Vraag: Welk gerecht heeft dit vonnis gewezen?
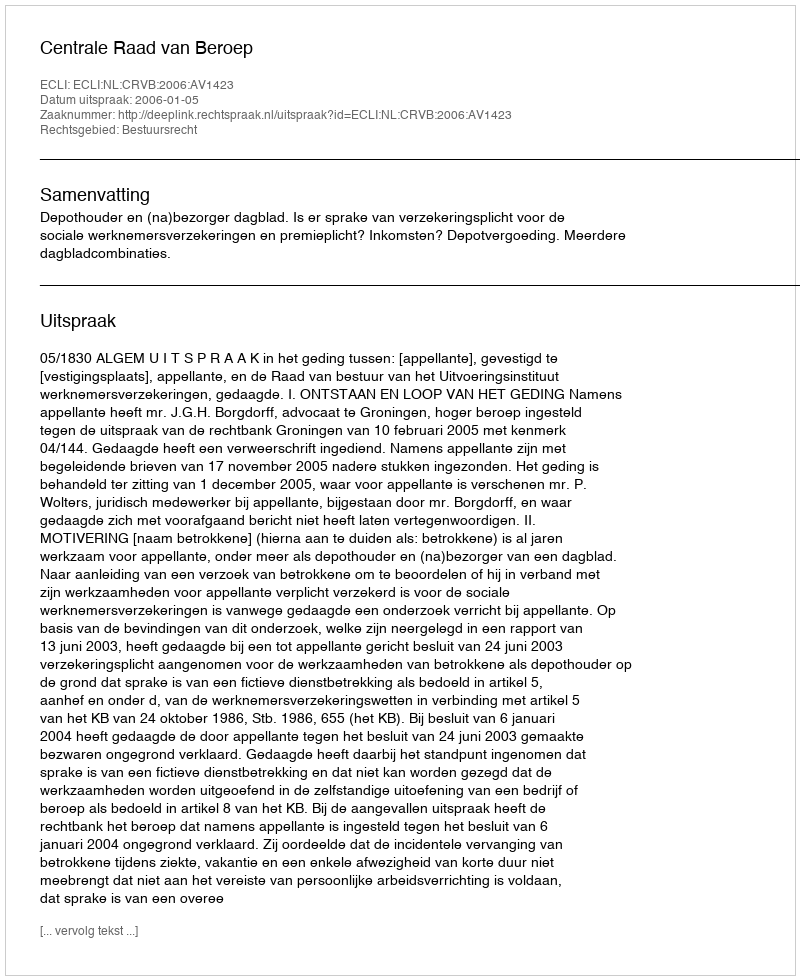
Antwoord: Centrale Raad van Beroep